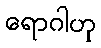
ရောဂါဟု